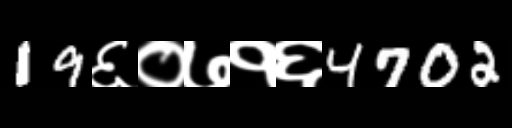
Text: 19६०७१६4702